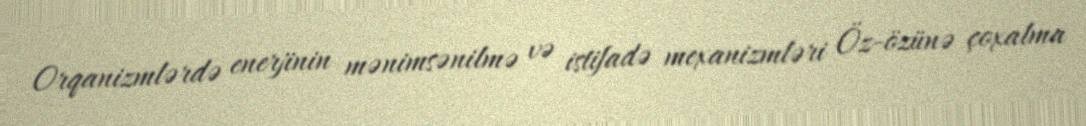
Orqanizmlərdə enerjinin mənimsənilmə və istifadə mexanizmləri Öz-özünə çoxalma